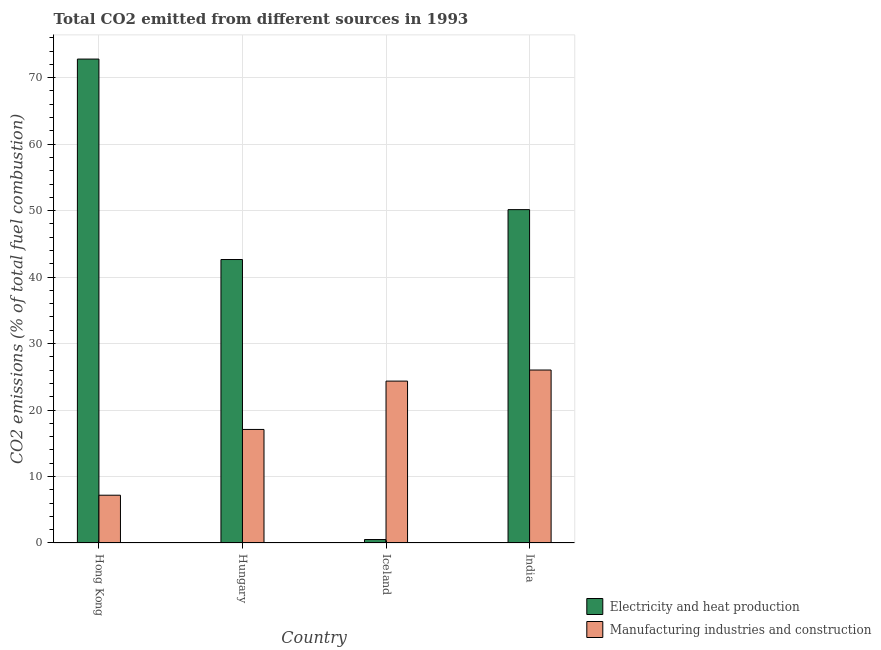
| Country | Electricity and heat production | Manufacturing industries and construction |
 | --- | --- | --- |
 | Hong Kong | 72.8 | 7.19 |
 | Hungary | 42.6 | 17.1 |
 | Iceland | 0.518 | 24.4 |
 | India | 50.1 | 26 |